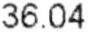
36.04